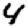
Digit: 4